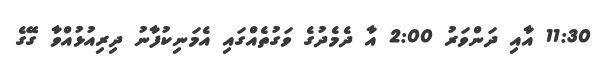
11:30 އާއި ދަންވަރު 2:00 އާ ދެމެދުގެ ވަގުތެއްގައި އެމަނިކުފާނު ދިރިއުޅުއްވާ ގޭގެ